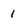
Character: 1